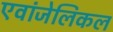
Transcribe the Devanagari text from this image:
एवांजेलिकल